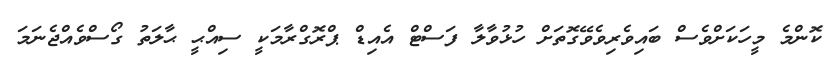
ކޮންމެ މީހަކަށްވެސް ބައިވެރިވެވޭގޮތަށް ހުޅުވާލާ ފަސްޓް އެއިޑް ޕްރޮގްރާމަކީ ސިއްޙީ ޙާލަތު ގޯސްވެއްޖެނަމަ